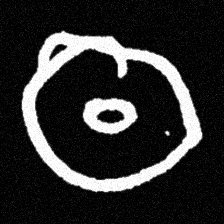
Pyu character \u2014 Myanmar letter: ထ (romanized: tha)